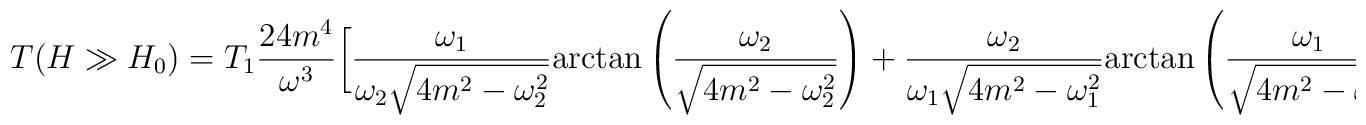
\displaystyle{T(H \gg H_0)=T_1\frac{24m^4}{\omega^3}\bigg[\frac{\omega_1} {\omega_2 \sqrt{4m^2-\omega_2^2}}\mbox{arctan}\left(\frac{\omega_2}{\sqrt{4m^2-\omega_2^2}}\right)+ \frac{\omega_2}{\omega_1 \sqrt{4m^2-\omega_1^2}}\mbox{arctan}\left(\frac{\omega_1 }{\sqrt{4m^2-\omega_1^2}}\right)-\frac{\omega}{4m^2}\bigg]}